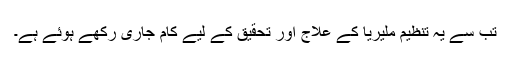
تب سے یہ تنظیم ملیریا کے علاج اور تحقیق کے لیے کام جاری رکھے ہوئے ہے۔